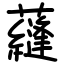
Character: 蘕